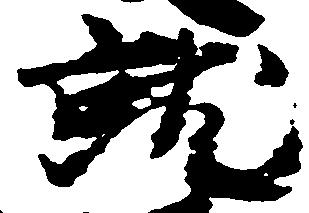
就